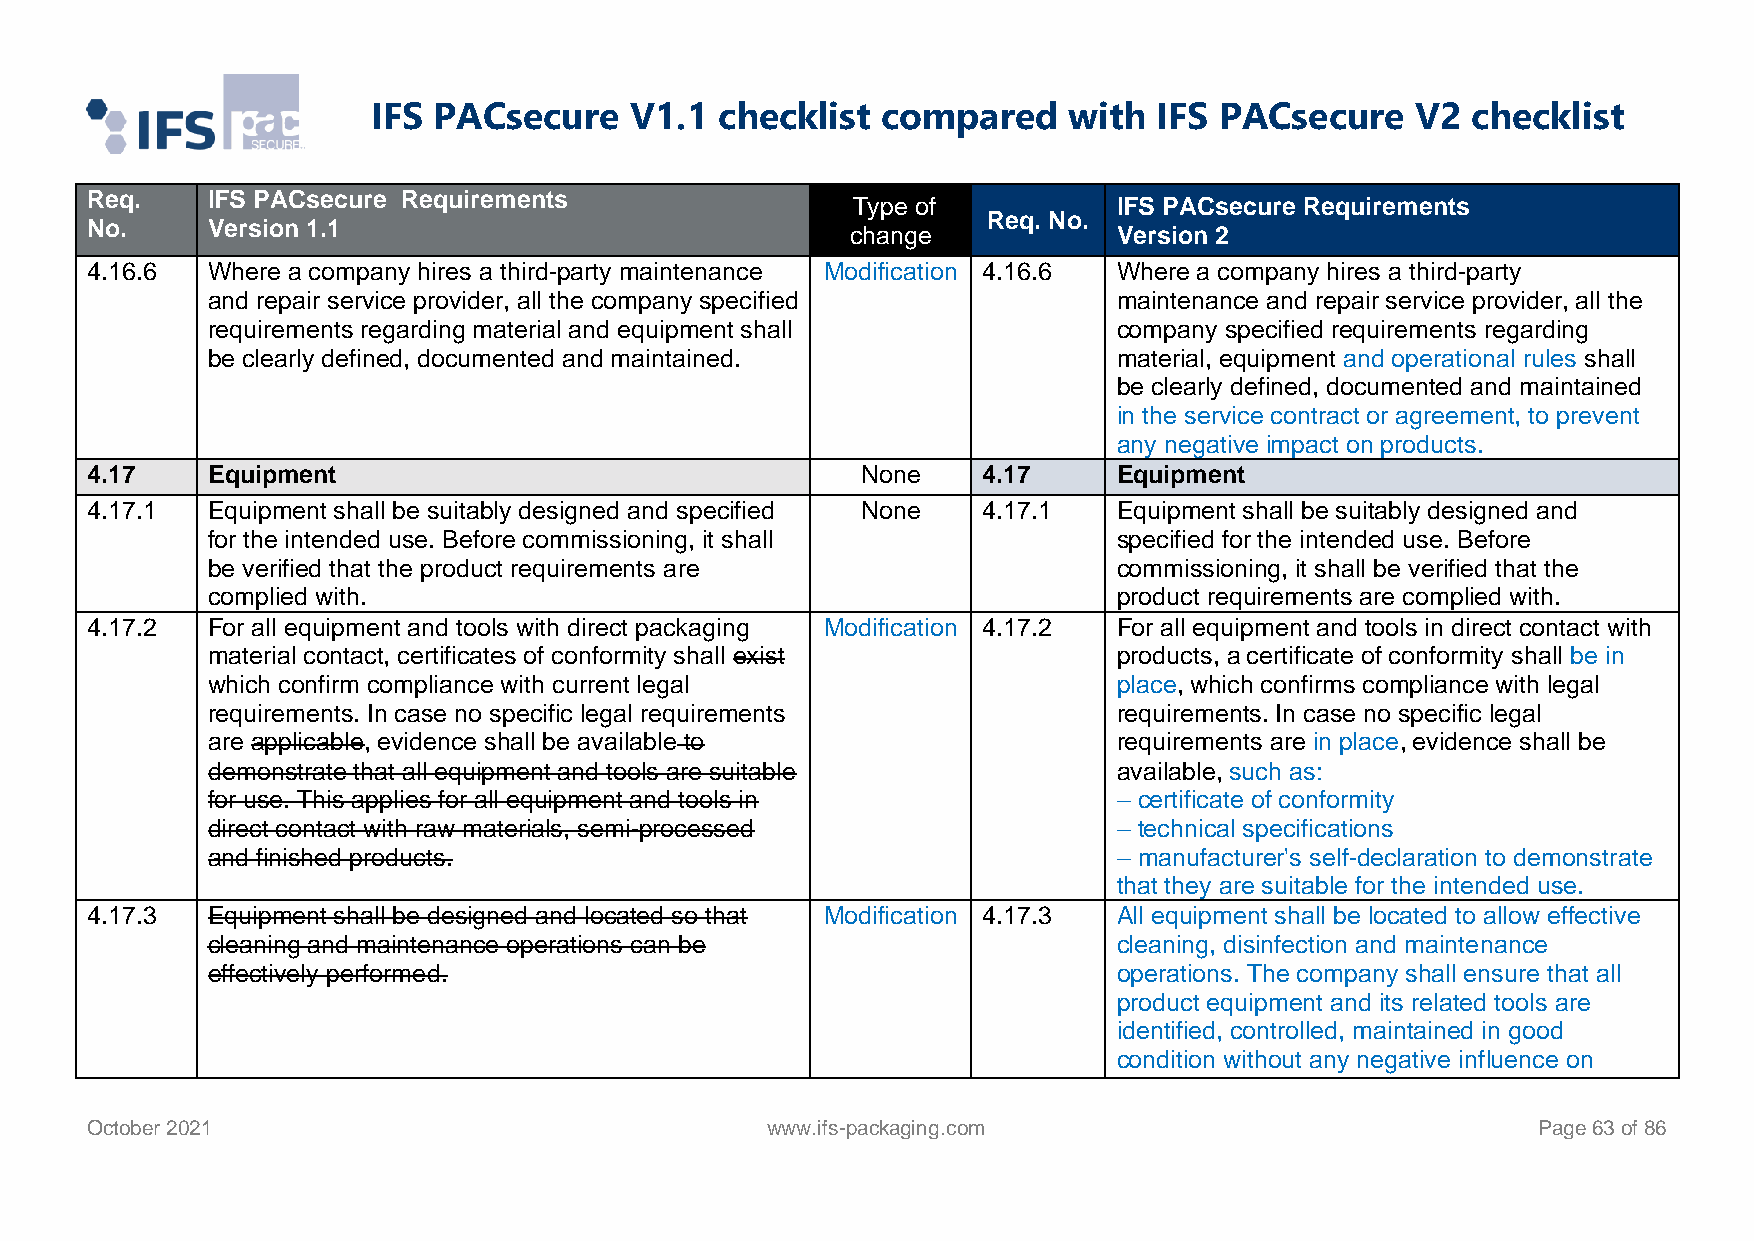
IFS PACsecure    V1.1  checklist compared     with  IFS PACsecure    V2 checklist
 Req.    IFS PACsecure Requirements
 Type of           IFS PACsecure Requirements
 Req. No.
 No.     Version 1.1                               change            Version 2
 4.16.6  Where a company hires a third-party maintenance Modification 4.16.6 Where a company hires a third-party
 and repair service provider, all the company specified      maintenance and repair service provider, all the
 requirements regarding material and equipment shall         company specified requirements regarding
 be clearly defined, documented and maintained.              material, equipment and operational rules shall
 be clearly defined, documented and maintained
 in the service contract or agreement, to prevent
 any negative impact on products.
 4.17    Equipment                                  None    4.17     Equipment
 4.17.1  Equipment shall be suitably designed and specified None 4.17.1 Equipment shall be suitably designed and
 for the intended use. Before commissioning, it shall        specified for the intended use. Before
 be verified that the product requirements are               commissioning, it shall be verified that the
 complied with.                                              product requirements are complied with.
 4.17.2  For all equipment and tools with direct packaging Modification 4.17.2 For all equipment and tools in direct contact with
 material contact, certificates of conformity shall exist    products, a certificate of conformity shall be in
 which confirm compliance with current legal                 place, which confirms compliance with legal
 requirements. In case no specific legal requirements        requirements. In case no specific legal
 are applicable, evidence shall be available to              requirements are in place, evidence shall be
 demonstrate that all equipment and tools are suitable       available, such as:
 for use. This applies for all equipment and tools in        – certificate of conformity
 direct contact with raw materials, semi-processed           – technical specifications
 and finished products.                                      – manufacturer's self-declaration to demonstrate
 that they are suitable for the intended use.
 4.17.3  Equipment shall be designed and located so that Modification 4.17.3 All equipment shall be located to allow effective
 cleaning and maintenance operations can be                  cleaning, disinfection and maintenance
 effectively performed.                                      operations. The company shall ensure that all
 product equipment and its related tools are
 identified, controlled, maintained in good
 condition without any negative influence on
 October 2021                                 www.ifs-packaging.com                              Page 63 of 86